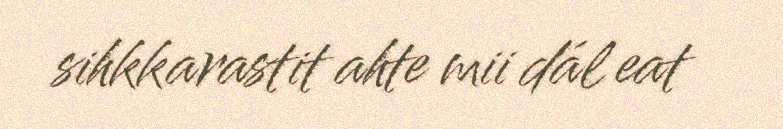
sihkkarastit ahte mii dál eat